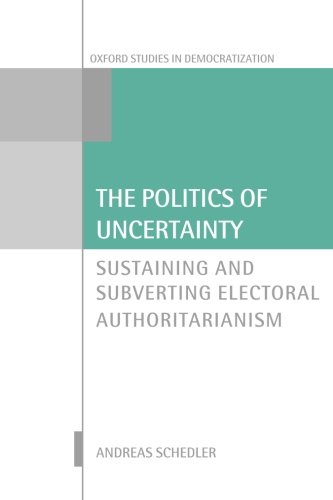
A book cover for The Politics of Uncertainty: Sustaining and Subverting Electoral Authoritarianism (Oxford Studies in Democratization); Andreas Schedler; Law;